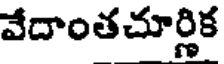
వేదాంతచూర్లిక